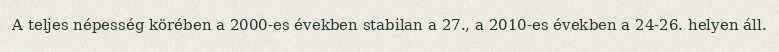
A teljes népesség körében a 2000-es években stabilan a 27., a 2010-es években a 24-26. helyen áll.